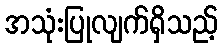
အသုံးပြုလျက်ရှိသည့်